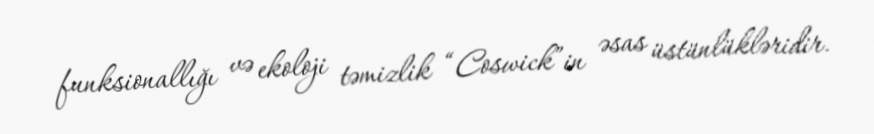
funksionallığı və ekoloji təmizlik “Coswick”in əsas üstünlükləridir.